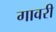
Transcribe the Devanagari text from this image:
गावरी